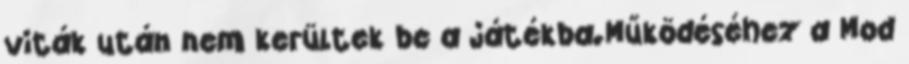
viták után nem kerültek be a játékba.Működéséhez a Mod